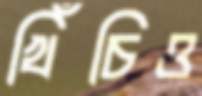
খিঁচিও